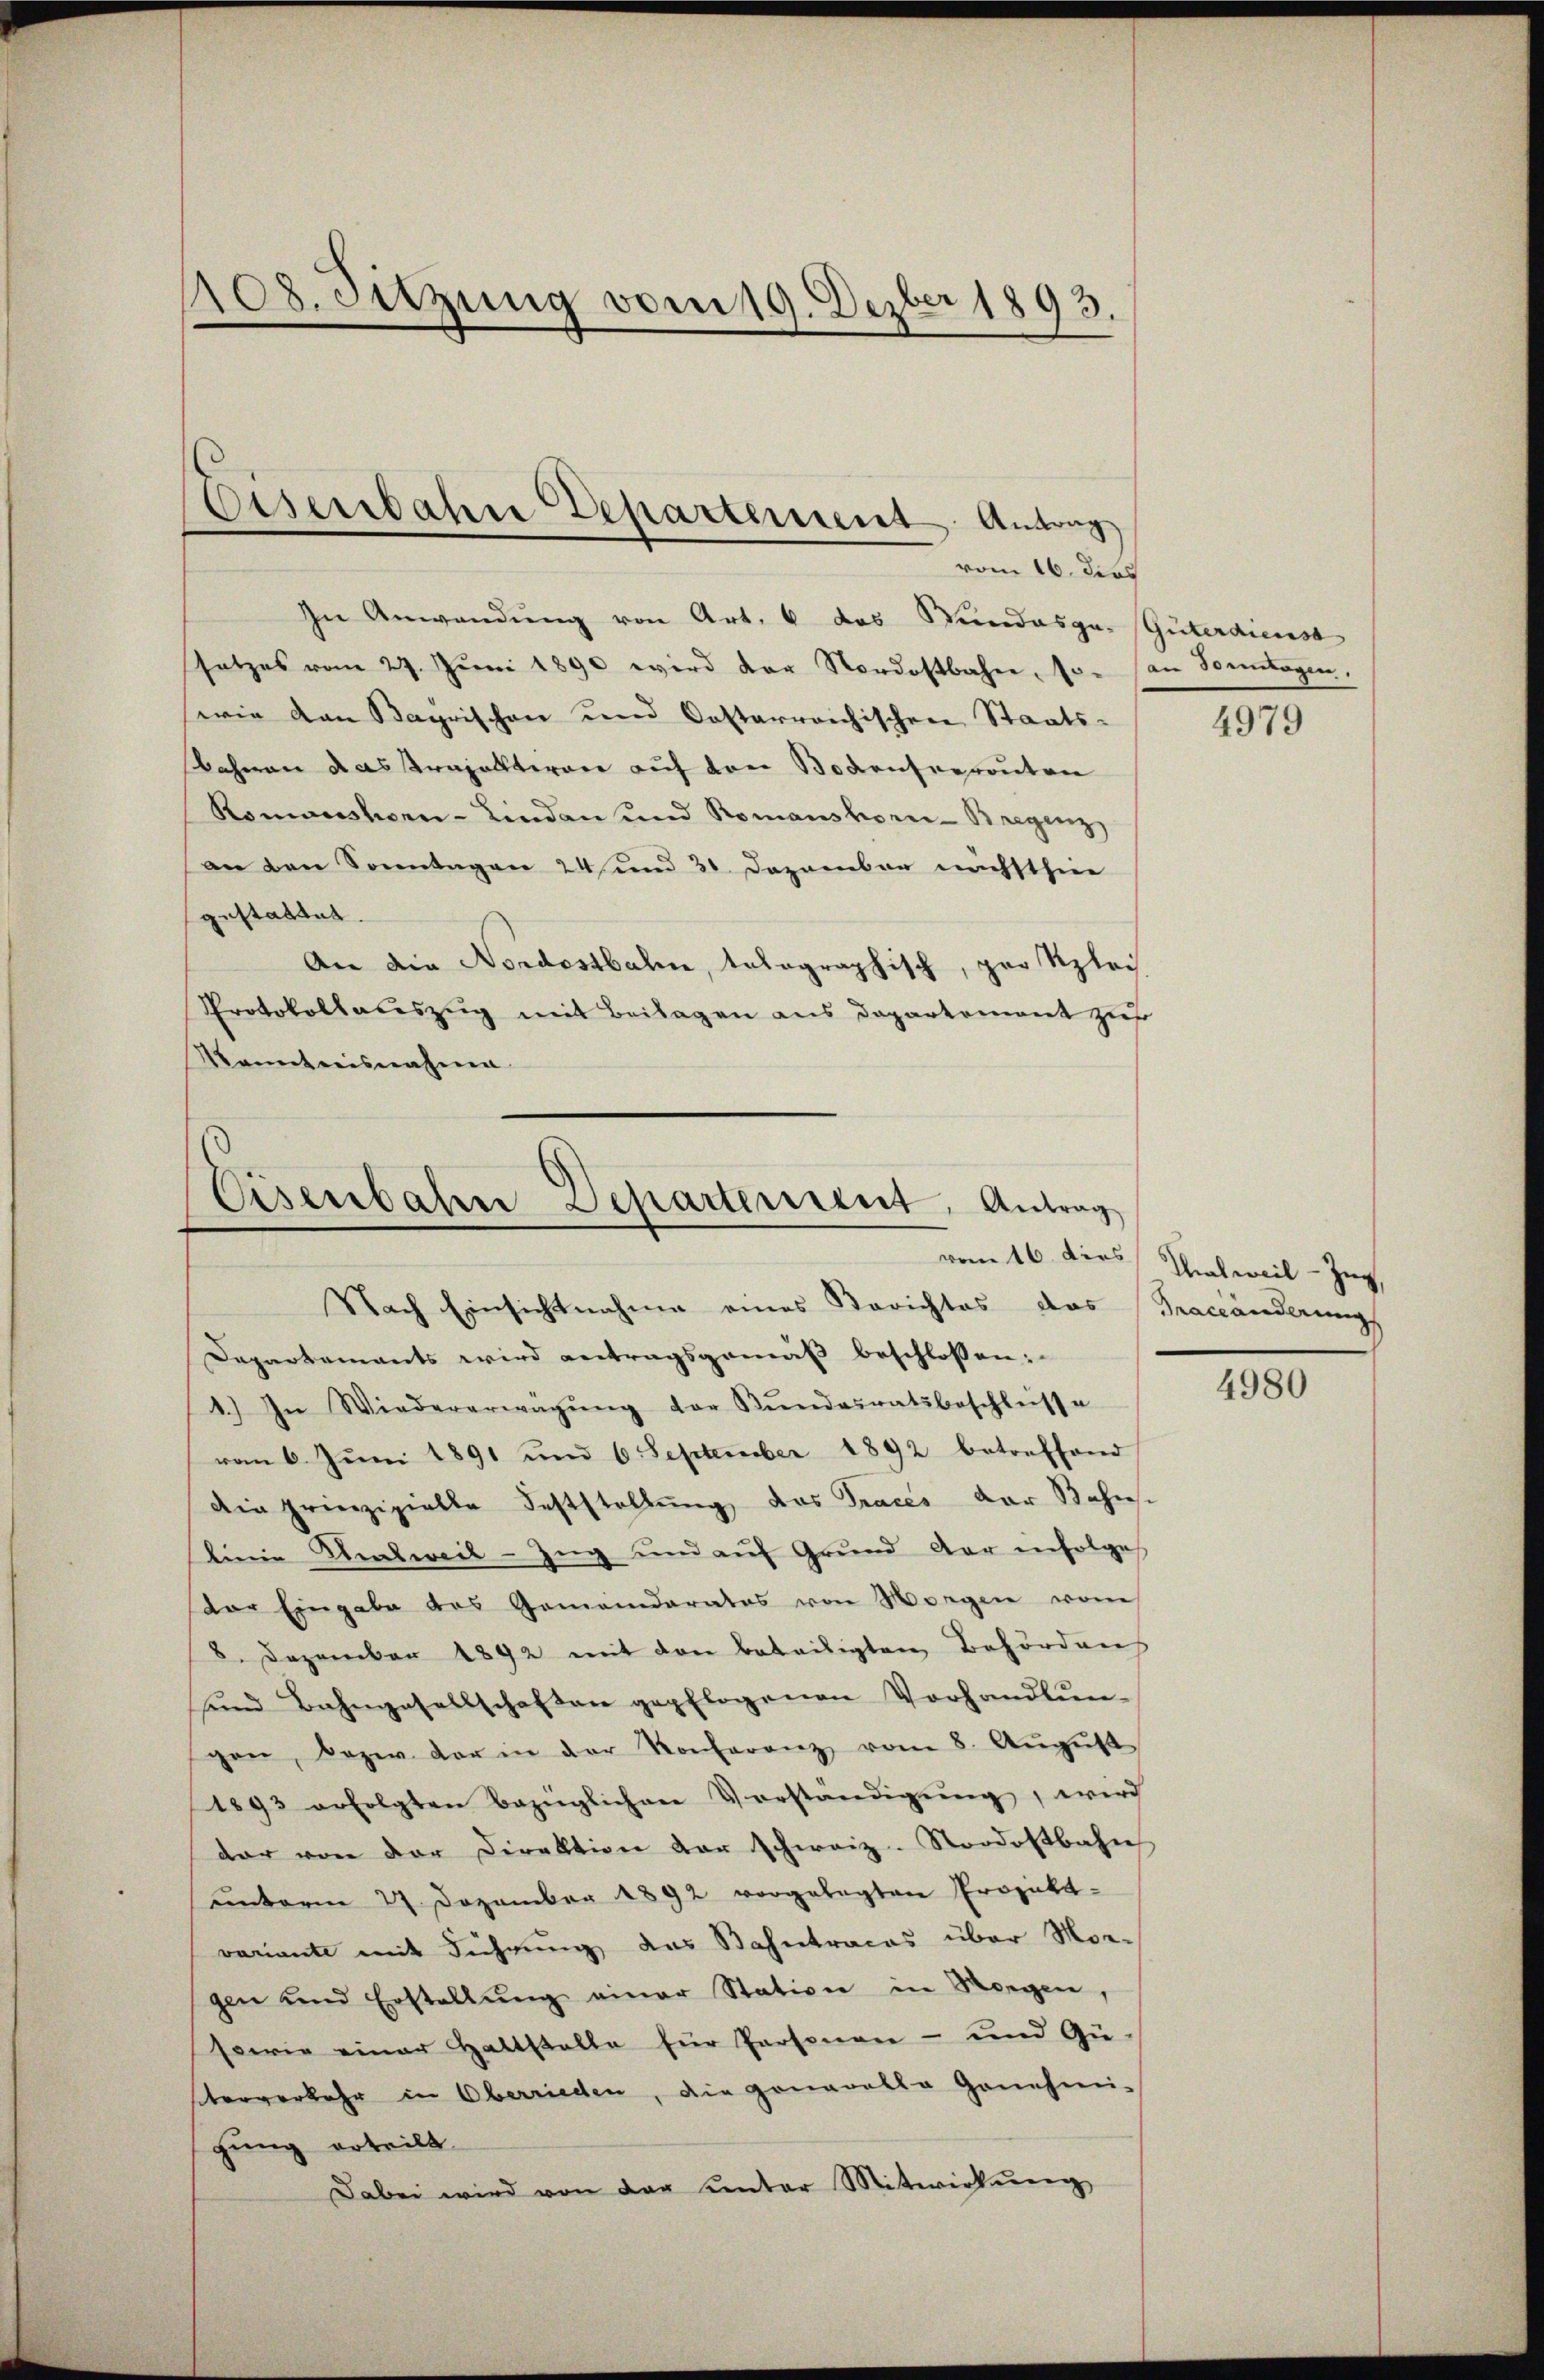
108. Sitzung vom 19. Dezber 1893.

Eisenbahn Departement Antrag
vom 16. dies

In Anwendŭng von Art. 6 das Stundesga. Güterdienst
satzes vom 27. Jŭni 1890 wird der Nordostbahne, so an Sonntagen,
wie von Bayrischen und Costarreichischen Staats-
Bahnen das Strapalterare auf von Bodensreronten
Romanshorn-Lindau und Romanshorn-Bregenz
an den Sonntagen 24 und 31 Dezember nächsthiee
zustattet.
An die Nordostbahn, telegraphisch, par Klei
Protokollaceszug mit Beilagen aus Departement zur
Kenntnisnahme

Eisenbahn Departement, Antrag
Nach Einsichtnahme eines Berichtes das Traceänderungs

Departements wird antragsgemäß beschlossen:
1.) In Wiedererwägŭng der Bŭndesratsbeschleisse
vom 6. Juni 1891 und 6 September 1892 betreffend
die prinzipielle Feststellŭng das Traces der Bahn.
keine Senkweil - Zug und auf Grund der infolges
dor Eingabe des Gemeinderates von Morgen vom
8. Dezember 1892 mit den beteiligten Behörden
und Bahngesellschaften gepflogenen Vorhandlun-
gen, bezw. der in der Konferenz vom 8. Aŭgŭst
1893 erfolgten Bezüglichen Vorständigŭng, wird
dar von der Direktion der schweiz. Stordostbahn
unterm 27. Dezember 1892 vorgelegten Projektvariante mit Führung das Bahntraces über Mor-
gen und Erstellŭng einer Station in Morgen,
sowie einer Haltstalte für Personen- und Gü-
sterverkehr in Oberrieden, die genaralle Genehmi-
gung erteilt.
Dabei wird von dar unter Mitwirkung

4979

vom 16. dies Thalweil - Zug,

4980